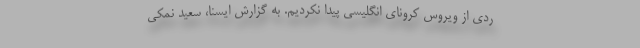
ردی از ویروس کرونای انگلیسی پیدا نکردیم. به گزارش ایسنا، سعید نمکی